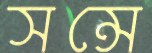
সন্সে